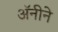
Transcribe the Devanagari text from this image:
अॅनीने